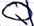
Text: Q